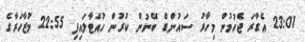
23:01 އެގާރަ ޖެހުމުން މިހާރު ސައުންޑް ބޭނުން ކުރުން ހުއްޓާލައިފި 22:55 މުޒާހަރާގެ